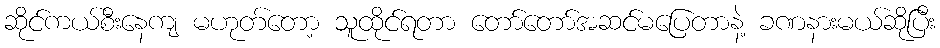
ဆိုင်ကယ်စီးနေကျ မဟုတ်တော့ သူထိုင်ရတာ တော်တော်အဆင်မပြေတာနဲ့ ခဏနားမယ်ဆိုပြီး